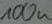
Text: 100u